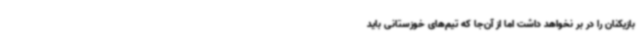
بازیکنان را در بر نخواهد داشت اما از آن‌جا که تیم‌های خوزستانی باید